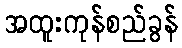
အထူးကုန်စည်ခွန်